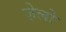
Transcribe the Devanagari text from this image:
ज़ेलो